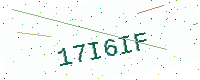
Text: 17I6IF